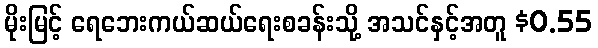
မိုးမြင့် ရေဘေးကယ်ဆယ်ရေးစခန်းသို့ အသင်နှင့်အတူ $0.55